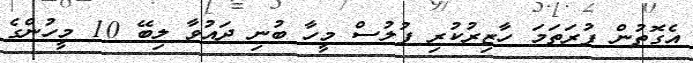
އެގޮތުން ފުރަތަމަ ހާޒިރުކުރި ފުލުސް މީހާ ބުނި ދައުވާ ލިބޭ 10 މީހުންގެ